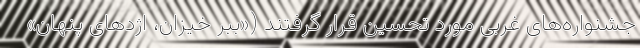
جشنواره‌های غربی مورد تحسین قرار گرفتند («ببر خیزان، اژدهای پنهانِ»